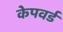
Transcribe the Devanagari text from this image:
केपवर्ड